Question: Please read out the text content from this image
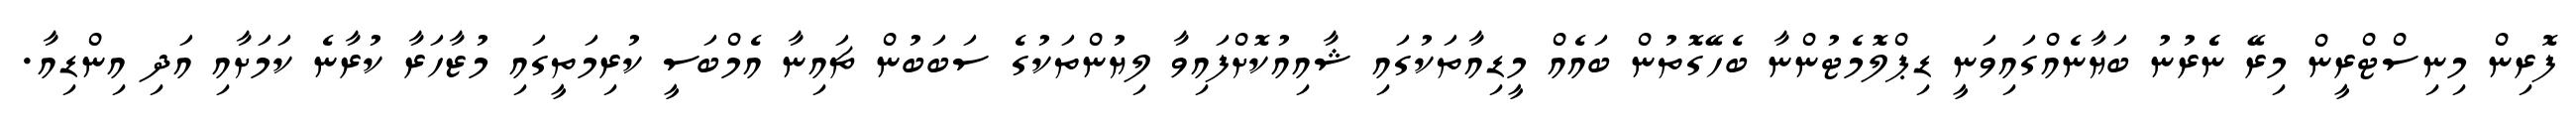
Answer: ފޮރިން މިނިސްޓްރީން މިރޭ ނެެރުނު ބަޔާނެއްގައިވަނީ ޑިޕްލޮމެޓުންނާ ބެހޭގޮތުން ބައެއް މީޑިއާތަކުގައި ޝާއިއުކޮށްފައިވާ ލިޔުންތަކުގެ ސަބަބުން ޗައިނާ އެމްބަސީ ކުރިމަތީގައި މުޒާހަރާ ކުރާނެ ކަމަށާއި އަދި އިންޑިއާ.